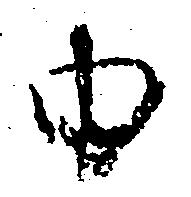
由